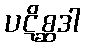
ပဋိစ္ဆဒါ